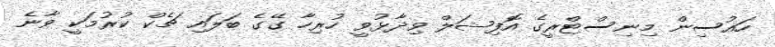
ހައުސިން މިނިސްޓްރީގެ އޮފިޝަލް ވިދާޅުވީ ހުރިހާ ގޭގެ ބަލައި ޗެކް ކުރުމަކީ ވާނެ